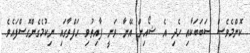
ކޮންމެވެސް ސަބަބަކާއި ހެދި އެ ޝޯއިން އޭނާ ވަނީ ފާއިތުވި ހަފްތާގައި ނިކުމެގެންގޮސްފައެވެ.